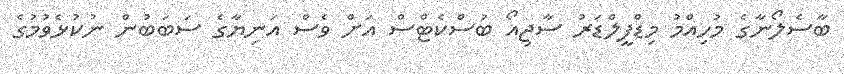
ބާސެލޯނާގެ މުހިއްމު މިޑްފީލްޑަރު ސާޖިއޯ ބުސްކެޓްސް އަށް ވެސް އަނިޔާގެ ސަބަބުން ނުކުޅެވުމުގެ